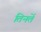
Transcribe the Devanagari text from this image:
तिनतें